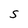
Character: S